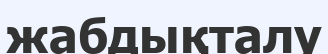
жабдықталу